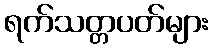
ရက်သတ္တပတ်များ